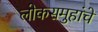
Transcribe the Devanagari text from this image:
लोकसमुहांचे